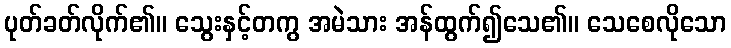
ပုတ်ခတ်လိုက်၏။ သွေးနှင့်တကွ အမဲသား အန်ထွက်၍သေ၏။ သေစေလိုသော